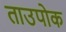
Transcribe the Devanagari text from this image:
ताउपोक